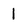
Character: l